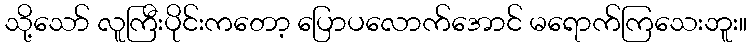
သို့သော် လူကြီးပိုင်းကတော့ ပြောပလောက်အောင် မရောက်ကြသေးဘူး။